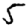
Digit: 5